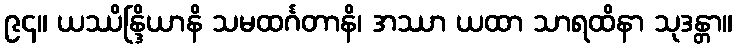
၉၄။ ယဿိန္ဒြိယာနိ သမထင်္ဂတာနိ၊ အဿာ ယထာ သာရထိနာ သုဒန္တာ။